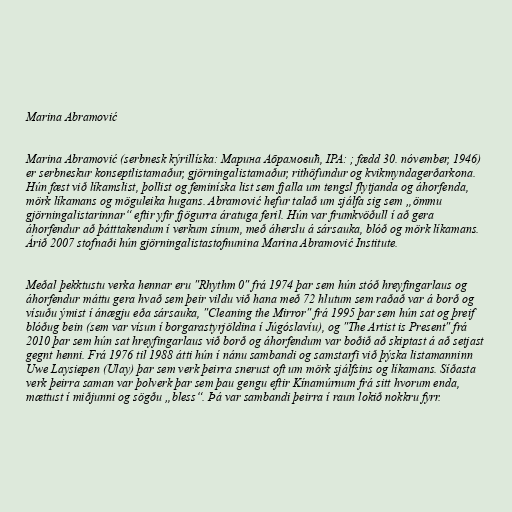
Marina Abramović

Marina Abramović (serbnesk kýrillíska: Марина Абрамовић, IPA: ; fædd 30. nóvember, 1946)
er serbneskur konseptlistamaður, gjörningalistamaður, rithöfundur og kvikmyndagerðarkona.
Hún fæst við líkamslist, þollist og feminíska list sem fjalla um tengsl flytjanda og áhorfenda,
mörk líkamans og möguleika hugans. Abramović hefur talað um sjálfa sig sem „ömmu
gjörningalistarinnar“ eftir yfir fjögurra áratuga feril. Hún var frumkvöðull í að gera
áhorfendur að þátttakendum í verkum sínum, með áherslu á sársauka, blóð og mörk líkamans.
Árið 2007 stofnaði hún gjörningalistastofnunina Marina Abramović Institute.

Meðal þekktustu verka hennar eru "Rhythm 0" frá 1974 þar sem hún stóð hreyfingarlaus og
áhorfendur máttu gera hvað sem þeir vildu við hana með 72 hlutum sem raðað var á borð og
vísuðu ýmist í ánægju eða sársauka, "Cleaning the Mirror" frá 1995 þar sem hún sat og þreif
blóðug bein (sem var vísun í borgarastyrjöldina í Júgóslavíu), og "The Artist is Present" frá
2010 þar sem hún sat hreyfingarlaus við borð og áhorfendum var boðið að skiptast á að setjast
gegnt henni. Frá 1976 til 1988 átti hún í nánu sambandi og samstarfi við þýska listamanninn
Uwe Laysiepen (Ulay) þar sem verk þeirra snerust oft um mörk sjálfsins og líkamans. Síðasta
verk þeirra saman var þolverk þar sem þau gengu eftir Kínamúrnum frá sitt hvorum enda,
mættust í miðjunni og sögðu „bless“. Þá var sambandi þeirra í raun lokið nokkru fyrr.